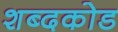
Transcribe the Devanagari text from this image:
शब्दकोड